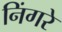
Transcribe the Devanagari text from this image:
निंगरे